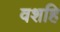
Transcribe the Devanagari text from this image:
वशहि